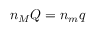
n _ { M } Q = n _ { m } q